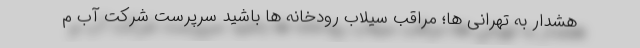
هشدار به تهرانی ها؛ مراقب سیلاب رودخانه ها باشید سرپرست شرکت آب م